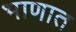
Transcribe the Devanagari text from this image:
भाणात